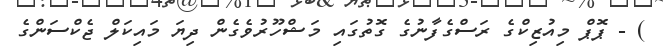
) - ޕޮޕް މިއުޒިކްގެ ރަސްގެފާނުގެ ގޮތުގައި މަޝްހޫރުވެގެން ދިޔަ މައިކަލް ޖެކްސަންގެ